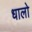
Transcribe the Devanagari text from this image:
धालो